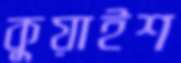
কুয়াইশ